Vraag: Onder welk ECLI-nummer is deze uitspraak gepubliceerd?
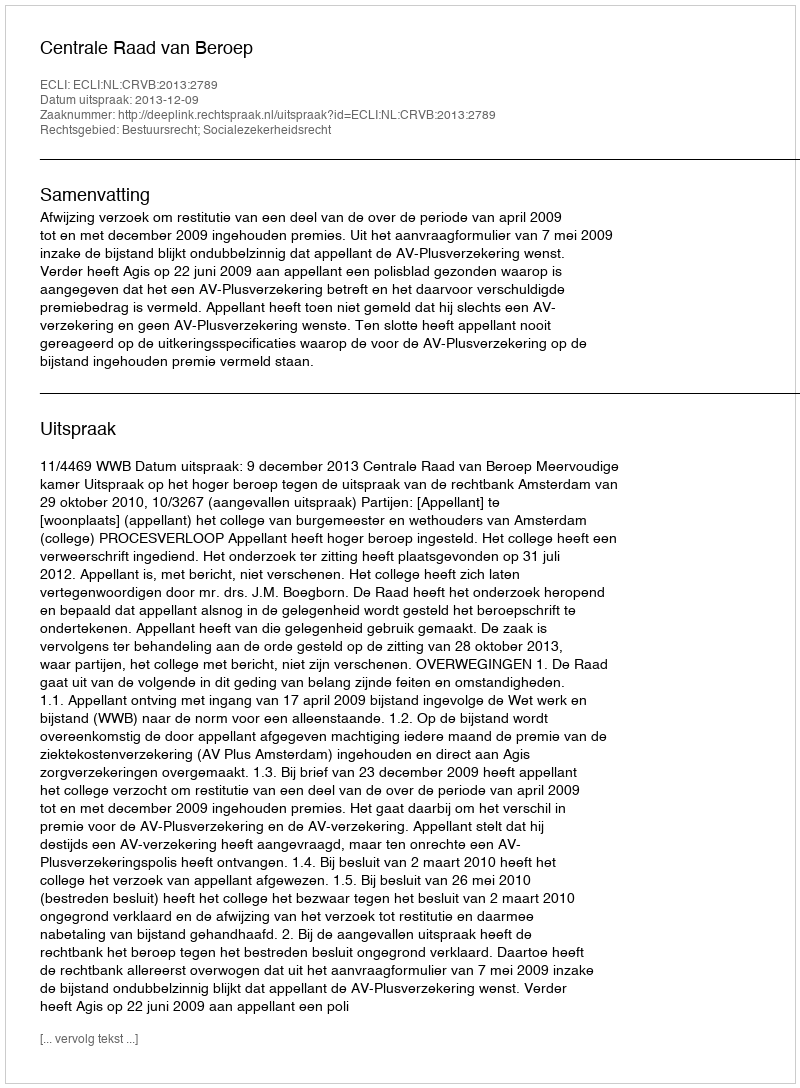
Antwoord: ECLI:NL:CRVB:2013:2789